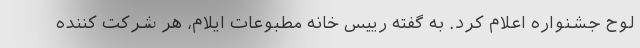
لوح جشنواره اعلام کرد. به گفته رییس خانه مطبوعات ایلام، هر شرکت کننده